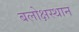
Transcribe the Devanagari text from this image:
बलोक्षस्थान